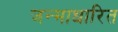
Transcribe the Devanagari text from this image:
जन्‍माधारित